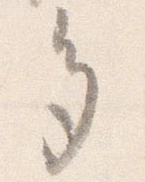
多